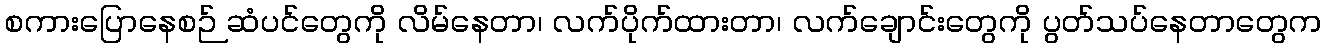
စကားပြောနေစဉ် ဆံပင်တွေကို လိမ်နေတာ၊ လက်ပိုက်ထားတာ၊ လက်ချောင်းတွေကို ပွတ်သပ်နေတာတွေက